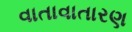
વાતાવાતારણ